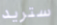
ستريد